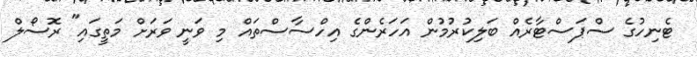
ޓެނިހުގެ ސްޕަސްޓާރެއް ބަލިކުރުމުން އަހަރެންގެ އިހްސާސްތައް މި ވަނީ ވަރަށް މަތީގައި" ރޮސޯލް